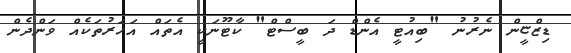
ޑިޒްޏީން ނެރުނު "ބިއުޓީ އެންޑް ދަ ބީސްޓް" ކާޓޫނަކީ އެތައް އަހަރުތަކެއް ވަންދެން